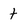
Character: t